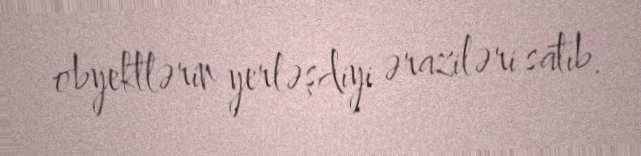
obyektlərin yerləşdiyi əraziləri satıb.